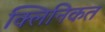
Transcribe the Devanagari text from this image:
क्लिनिकत